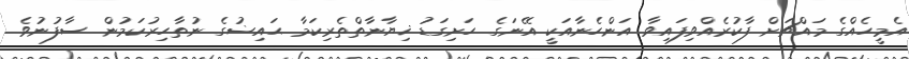
އެމީހެއްގެ މައްޗަށް ފާކުރެއްވިފައިވާ އަންހެނާއަކީ އޭނަގެ ހަށިގަޑު ޚިޔާނާތްތެރިކަމާ ޙައިޟުގެ ނުތާހިރުކަމުން ސާފުނުވެ